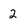
Character: 2